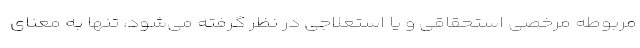
مربوطه مرخصی استحقاقی و یا استعلاجی در نظر گرفته می‌شود، تنها به معنای